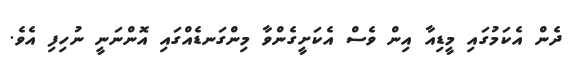
ދެން އެކަމުގައި މީޑިއާ އިން ވެސް އެކަށީގެންވާ މިންގަނޑެއްގައި އޮންނަނީ ނުހިފި އެވެ.